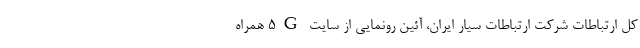
کل ارتباطات شرکت ارتباطات سیار ایران، آئین رونمایی از سایت 5G همراه